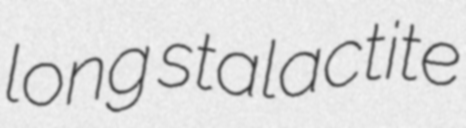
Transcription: long stalactite